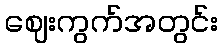
ဈေးကွက်အတွင်း